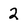
Character: 2